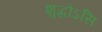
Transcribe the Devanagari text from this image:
शुद्धोऽसि